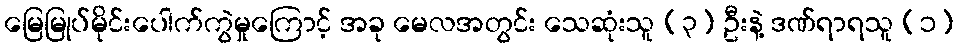
မြေမြုပ်မိုင်းပေါက်ကွဲမှုကြောင့် အခု မေလအတွင်း သေဆုံးသူ (၃) ဦးနဲ့ ဒဏ်ရာရသူ (၁)